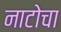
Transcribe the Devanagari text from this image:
नाटोचा